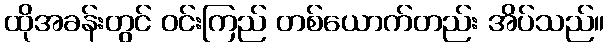
ထိုအခန်းတွင် ဝင်းကြည် တစ်ယောက်တည်း အိပ်သည်။